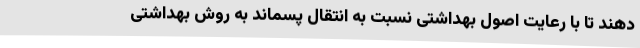
دهند تا با رعایت اصول بهداشتی نسبت به انتقال پسماند به روش بهداشتی